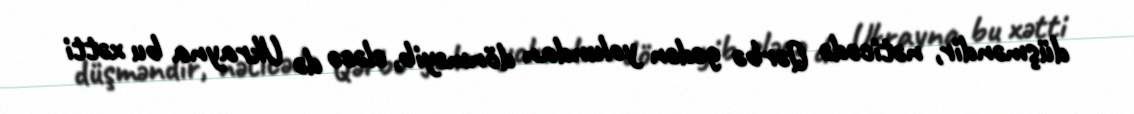
düşməndir, nəticədə Qərbə gedən yolundan dönməyib, eləcə də Ukrayna bu xətti